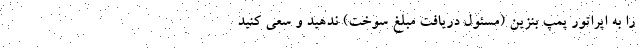
را به اپراتور پمپ بنزین (مسئول دریافت مبلغ سوخت) ندهید و سعی کنید